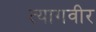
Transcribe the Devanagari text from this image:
त्यागवीर